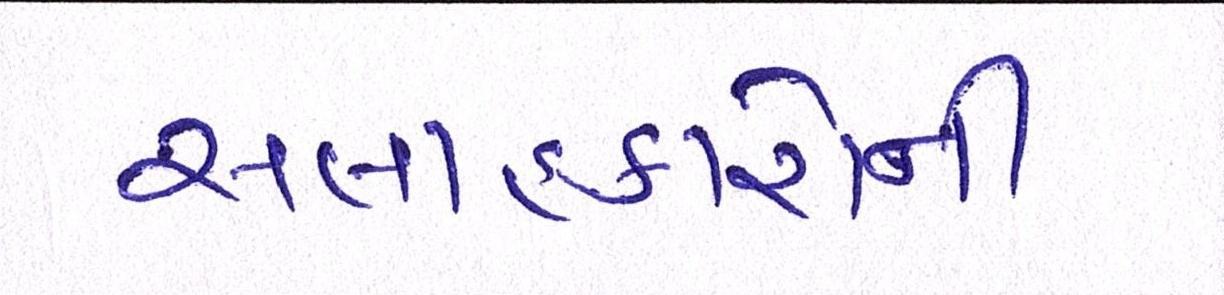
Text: સલાહકારોની